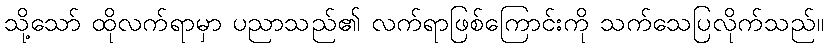
သို့သော် ထိုလက်ရာမှာ ပညာသည်၏ လက်ရာဖြစ်ကြောင်းကို သက်သေပြလိုက်သည်။